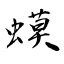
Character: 蟆